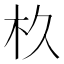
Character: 杦